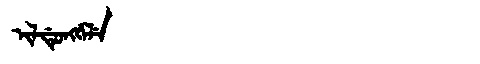
Manchu: ᡳᠯᡩᡠᠩᡤᡝᠯᡝ
Romanization: ILDUNGGELE